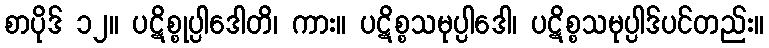
စာပိုဒ် ၁၂။ ပဋိစ္စုပ္ပါဒေါတိ၊ ကား။ ပဋိစ္စသမုပ္ပါဒေါ၊ ပဋိစ္စသမုပ္ပါဒ်ပင်တည်း။